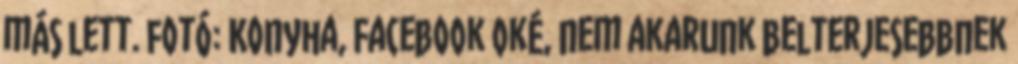
más lett. fotó: Konyha, Facebook Oké, nem akarunk belterjesebbnek